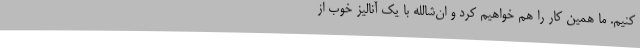
کنیم. ما همین کار را هم خواهیم کرد و ان‌شالله با یک آنالیز خوب از